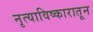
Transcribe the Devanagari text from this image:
नृत्याविष्कारातून